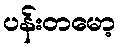
ပန်းတမော့